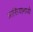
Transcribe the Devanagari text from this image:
ग्रासियामध्ये